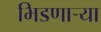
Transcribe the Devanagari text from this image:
भिडणाऱ्या